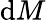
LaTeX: \mathrm{d}M